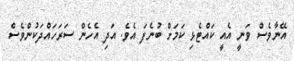
އޭނާވެސް ވަނީ އެއީ ކައްޓެޅި ކަމަށް ބުނެފަ އެވެ. އަދި އެހެން ސަރަހައްދަކުންވެސް